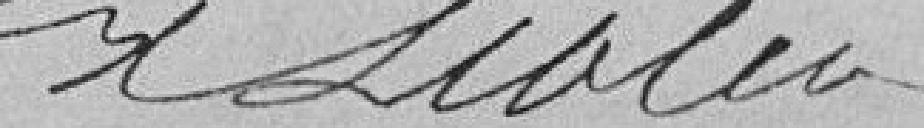
Lebleu          ????????????????????      Parisot